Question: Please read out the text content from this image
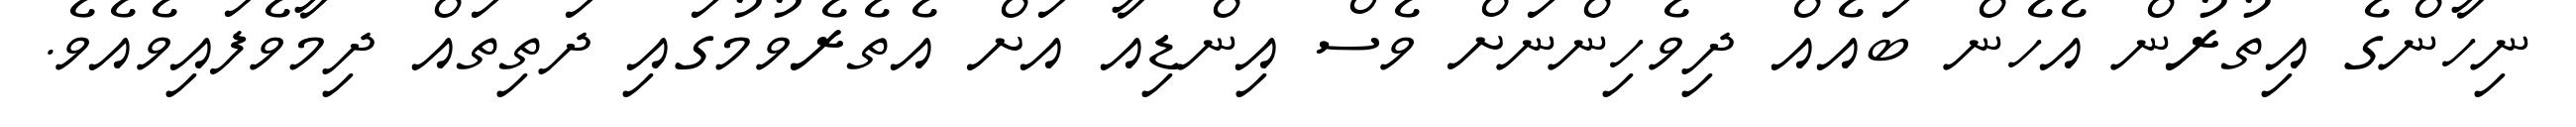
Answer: ނިހާންގެ އިތުރުން އެހެން ބައެއް ދިވެހިންނަށް ވެސް އިންޑިއާ އަށް އެތެރެވުމުގައި ދަތިތައް ދިމާވެފައިވެއެވެ.